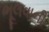
ભૂલવાની